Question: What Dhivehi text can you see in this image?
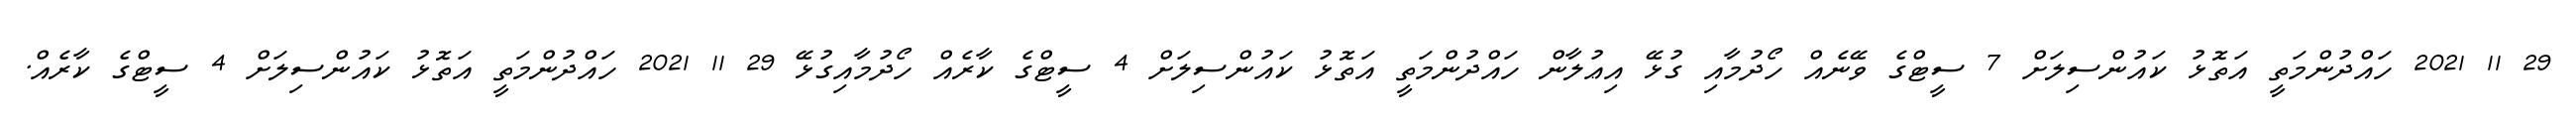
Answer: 29 11 2021 ހައްދުންމަތީ އަތޮޅު ކައުންސިލަށް 7 ސީޓްގެ ވޭނެއް ހޯދުމާއި ގުޅޭ އިޢުލާން ހައްދުންމަތީ އަތޮޅު ކައުންސިލަށް 4 ސީޓްގެ ކާރެއް ހޯދުމާއިގުޅޭ 29 11 2021 ހައްދުންމަތީ އަތޮޅު ކައުންސިލަށް 4 ސީޓްގެ ކާރެއް.